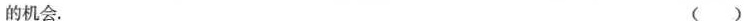
的机会。 ( )